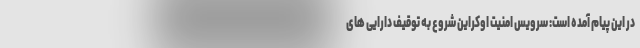
در این پیام آمده است: سرویس امنیت اوکراین شروع به توقیف دارایی های